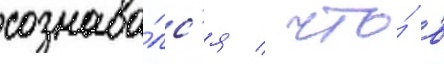
сознава́лс'я / что́ в